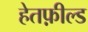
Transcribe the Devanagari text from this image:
हेतफ़ील्ड